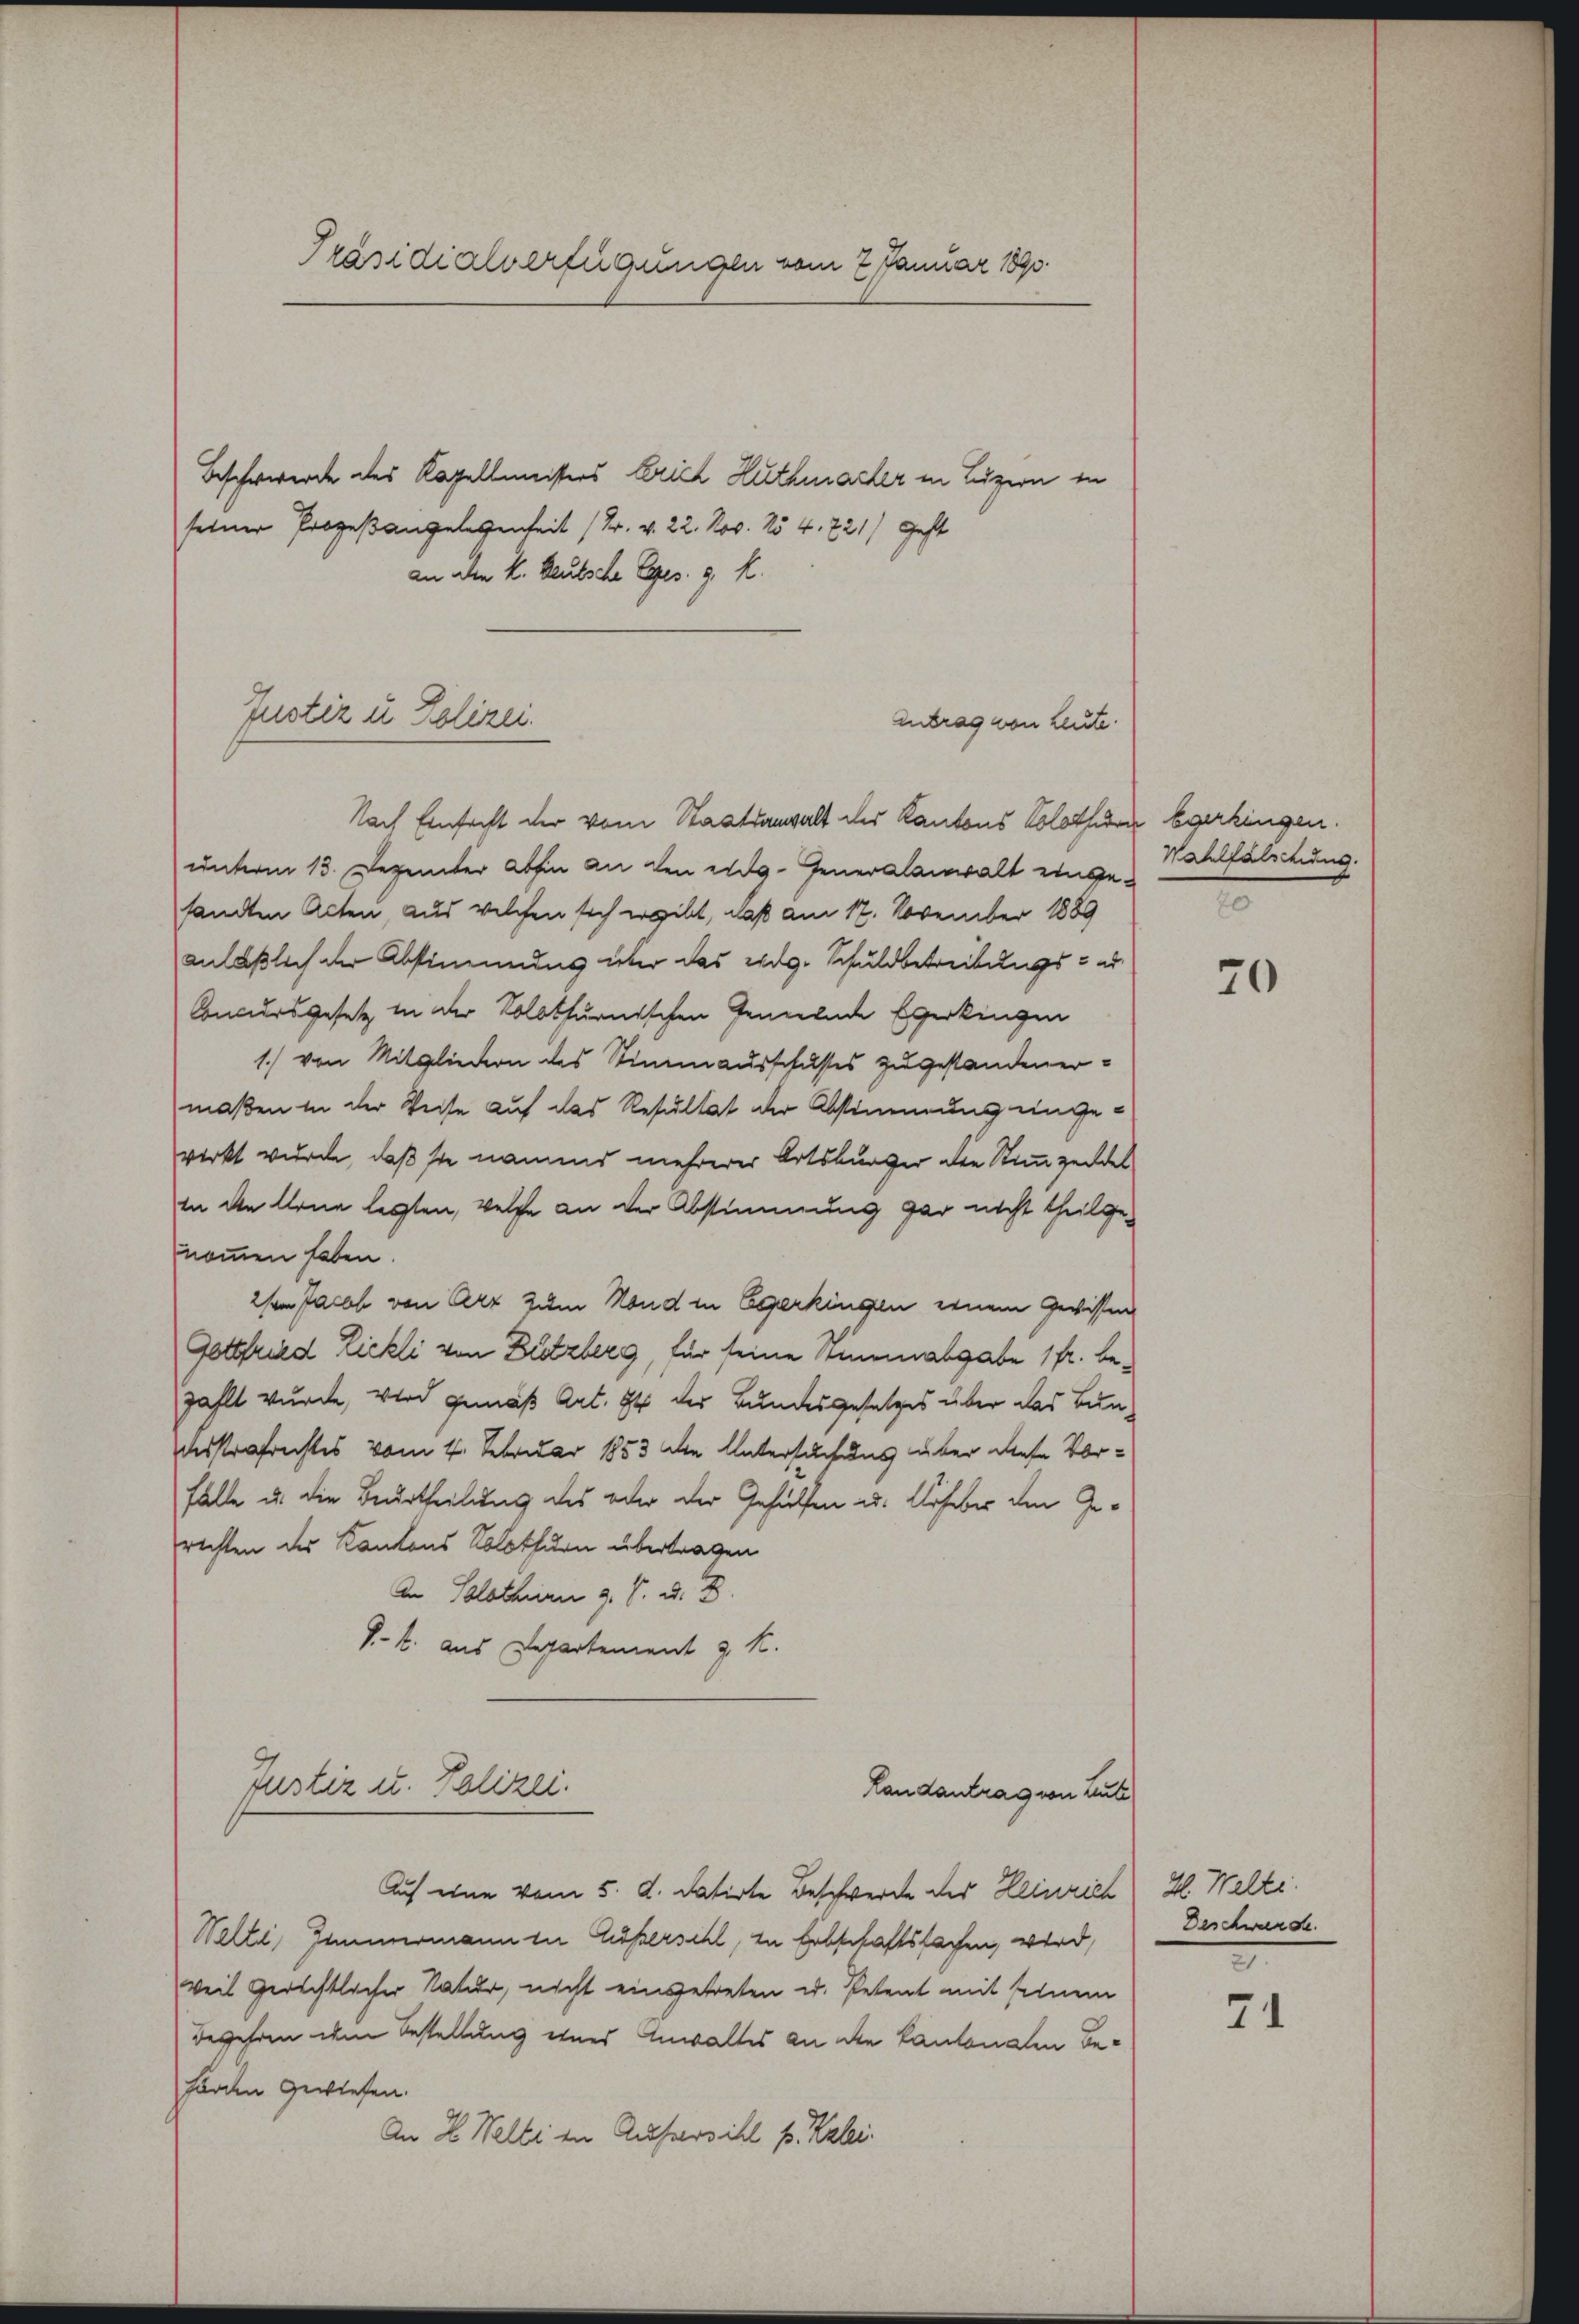
Präsidialverfügungen vom 7. Januar 1890.

Beschwerde des Kapellmeisters berich Huthmarker in Luzern in
seiner Prozeßangelegenheit (Dr. v. 22. Nov. No 4. 721) Gest
an aber K. Deutsche Ges. 3. k.
Antrag von Leute.
Nach Einfacht der vom Staatsanwalt der Kantons Solothur Egerkingen.
unterm 13. Dezember abhin an den eidg. Generalanwalt eingen allfälschung.
sandten Acten, aus welchen sich ergibt, daß am 17. November 1889
anläßlich der Abstimmung über das eidg. Schuldbetreibungs- od
Concursgesetz in der Solothurnischen Generende Egerkingen
1.) von Mitglieden des Stimmausschusses zugestandenermaßen in der Weise auf das Resultat der Abstimmung eingewirkt wurde, daß sie namend mehrerer Ortsbürger die Stimmzeidel
In den Arne legten, welche an der Abstimmung gar nicht theilgenommen haben.
2sten Jacob von Art zum Mond in Egerkingen einem Gewissen
Gottfried Lickli von Dutzberg, für seine Aneinabgabe 1fr. bezahlt wurde, wird gemäß Art. 94 der Bundesgesetzes über das Bundesstrafrechtes vom 4. Februar 1853 die Untersuchung über diese Vorfälle u. die Beurtheilung des oder der Gehülfen u. Urheber den Gerechten des Kantons Solothurn übertragen
An Solothurn 9. V. D. D
V. k. aus Departement z. K.
Justiz u. Polizei.
Landantrag von Leute
Auf eine vom 5. d. datirte Beschwerde der Heinrich 2. Welti.
Welti, Zimmermann in Außersihl, zu Erbschaftsfachen, wird,
weil gerichtlicher Natur, nicht eingetreten u. Petent mit seinem
Begehren dem Bestellung eines Anwaltes an die Kantonalen Be¬
Forden gewiesen.
An 2. Welti in Aussersihl p. Kzlei.

Justiz u. Polizei.

E

70

Beschwerde.
2

71